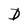
Character: D